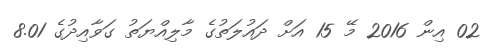
02 އިން 2016 މޭ 15 އަށް ދައުލަތުގެ މާލިއްޔަތު ގަވާއިދުގެ 8.01